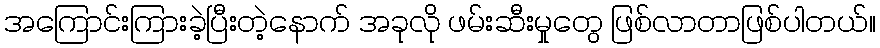
အကြောင်းကြားခဲ့ပြီးတဲ့နောက် အခုလို ဖမ်းဆီးမှုတွေ ဖြစ်လာတာဖြစ်ပါတယ်။